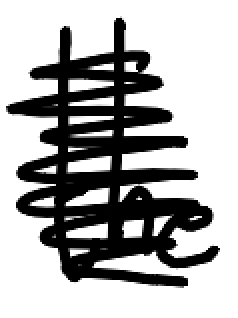
Text: the
Cross-out: scratch
Writing tool: digital_black